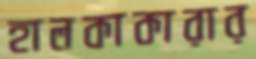
হালকাকারার